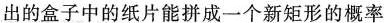
出的盒子中的纸片能拼成一个新矩形的概率